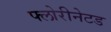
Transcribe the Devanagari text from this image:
फ्लोरीनेटड